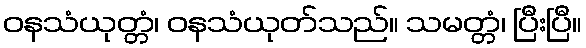
ဝနသံယုတ္တံ၊ ဝနသံယုတ်သည်။ သမတ္တံ၊ ပြီးပြီ။